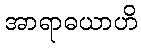
အာရာဓယာဟိ